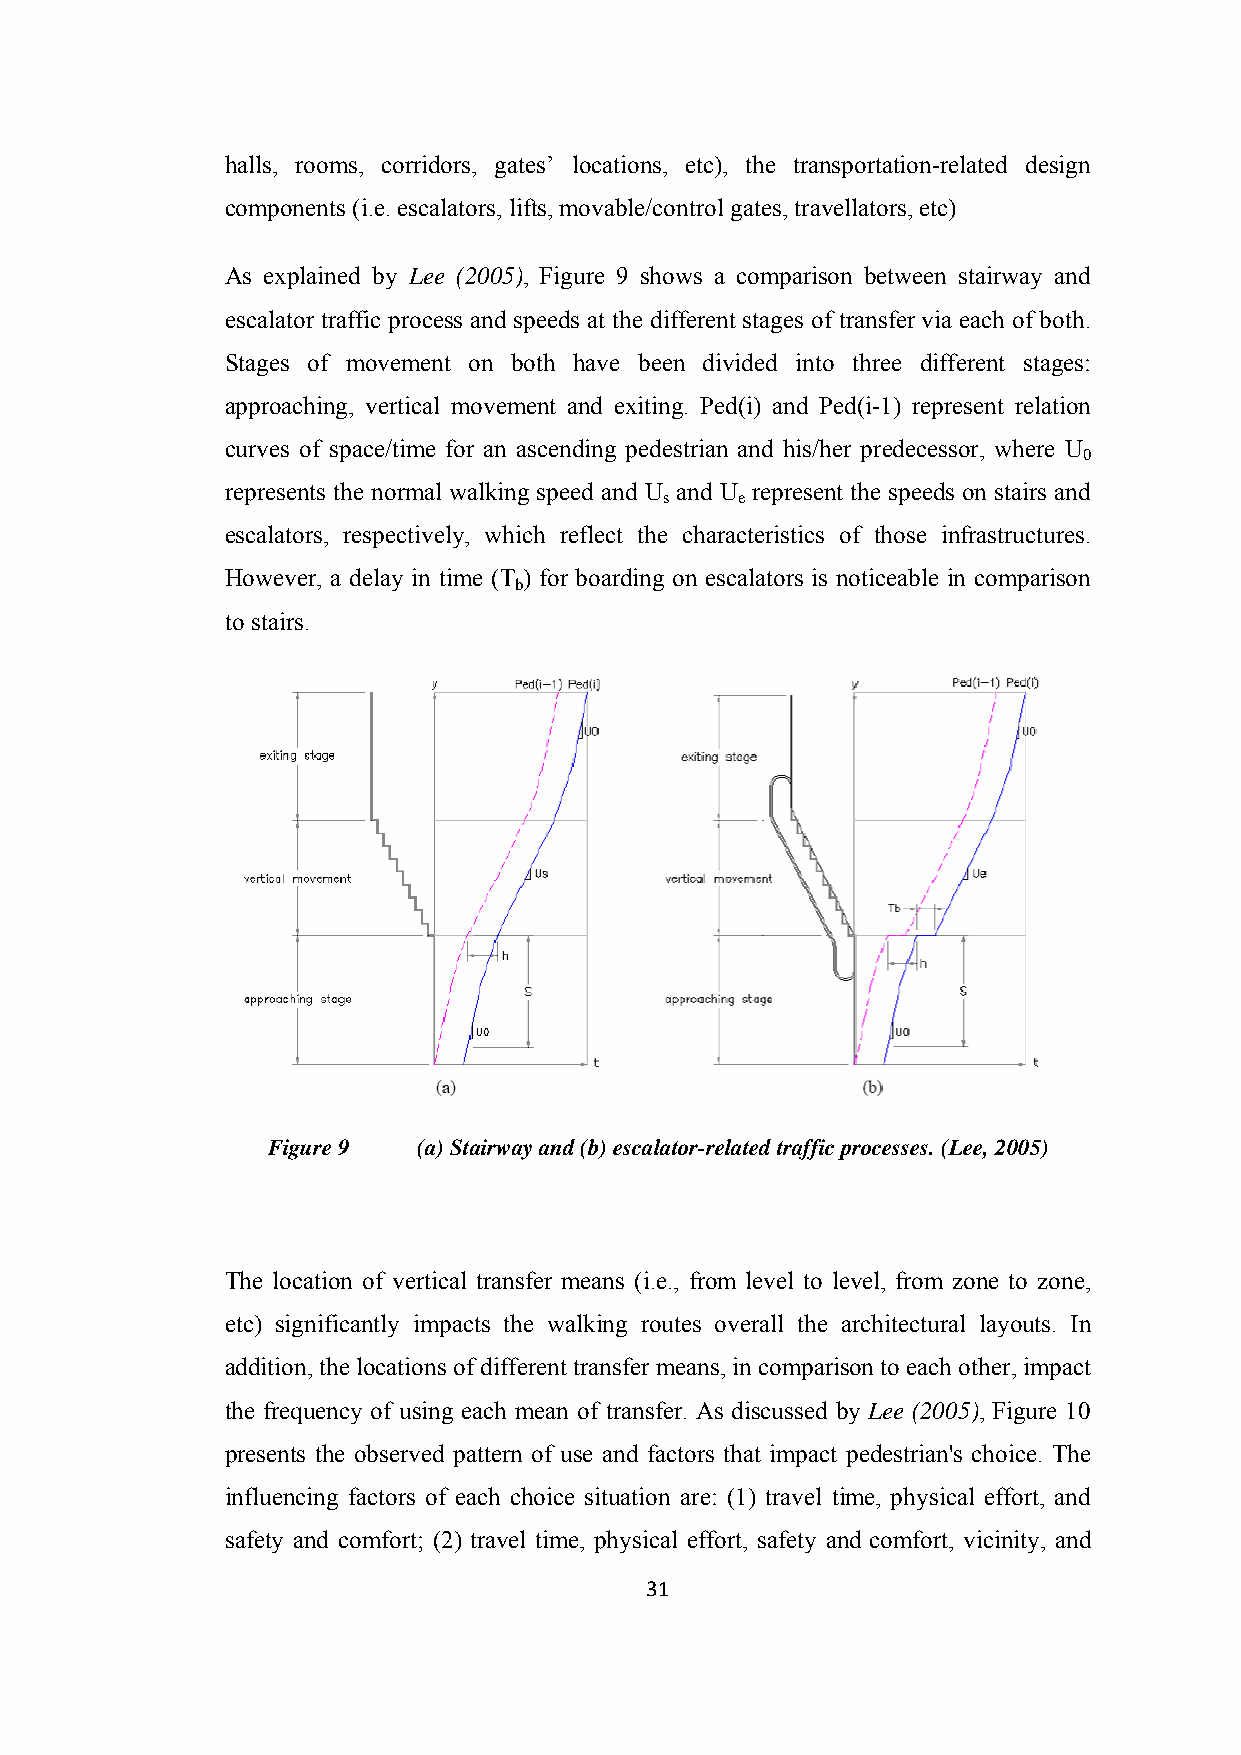
halls, rooms, corridors, gates’ locations, etc), the transportation-related design
 components (i.e. escalators, lifts, movable/control gates, travellators, etc)
 As explained by Lee (2005), Figure 9 shows a comparison between stairway and
 escalator traffic process and speeds at the different stages of transfer via each of both.
 Stages of movement on both have been divided into three different stages:
 approaching, vertical movement and exiting. Ped(i) and Ped(i-1) represent relation
 curves of space/time for an ascending pedestrian and his/her predecessor, where U
 0
 represents the normal walking speed and U and U represent the speeds on stairs and
 s    e
 escalators, respectively, which reflect the characteristics of those infrastructures.
 However, a delay in time (T ) for boarding on escalators is noticeable in comparison
 b
 to stairs.
 Figure 9  (a) Stairway and (b) escalator-related traffic processes. (Lee, 2005)
 The location of vertical transfer means (i.e., from level to level, from zone to zone,
 etc) significantly impacts the walking routes overall the architectural layouts. In
 addition, the locations of different transfer means, in comparison to each other, impact
 the frequency of using each mean of transfer. As discussed by Lee (2005), Figure 10
 presents the observed pattern of use and factors that impact pedestrian's choice. The
 influencing factors of each choice situation are: (1) travel time, physical effort, and
 safety and comfort; (2) travel time, physical effort, safety and comfort, vicinity, and
 31